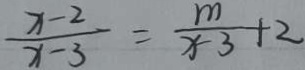
\frac { x - 2 } { x - 3 } = \frac { m } { x - 3 } + 2